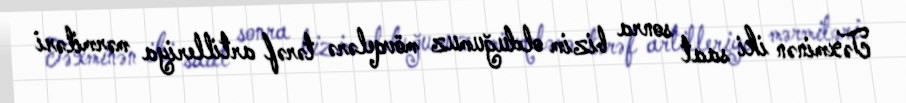
Təxminən iki saat sonra bizim olduğumuz mövqelərə tərəf artilleriya mərmiləri